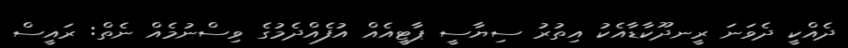
ދެއްކީ ދެވަނަ ރީނދޫކާޑާއެކު އިތުރު ސިޔާސީ ޕާޓީއެއް އުފެއްދެމުގެ ވިސްނުމެއް ނެތް: ރައީސް